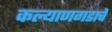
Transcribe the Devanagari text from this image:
कल्याणगडाचे